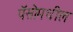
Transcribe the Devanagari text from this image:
पॅसोमधील